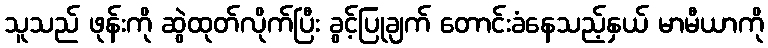
သူသည် ဖုန်းကို ဆွဲထုတ်လိုက်ပြီး ခွင့်ပြုချက် တောင်းခံနေသည့်နှယ် မာမီယာကို